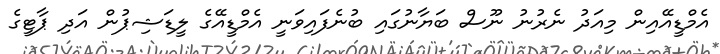
އެމްޑީއޭއިން މިއަދު ނެރުނު ނޫސް ބަޔާނުގައި ބުނެފައިވަނީ އެމްޑީއޭގެ ލީޑަޝިޕުން އަދި ޕާޓީގެ